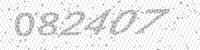
Solution: 082407